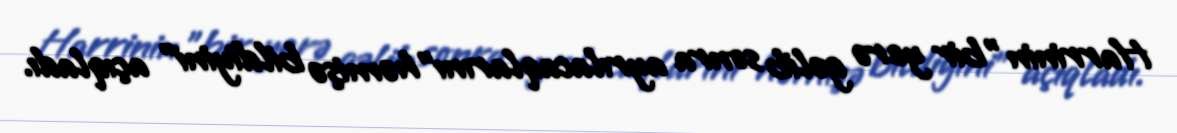
Harrinin "bir yerə gəlib sonra ayrılacaqlarını"həmişə bildiyini" açıqladı.